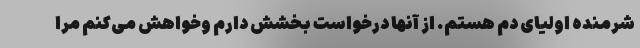
شرمنده اولیای دم هستم. از آنها درخواست بخشش دارم وخواهش می‌کنم مرا